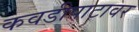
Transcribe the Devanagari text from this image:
कवडीपाटावर